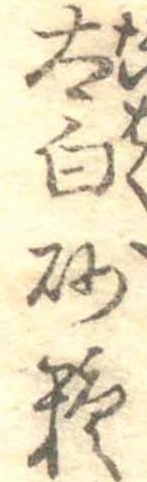
太白砂糖